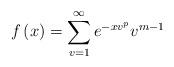
LaTeX: \begin{align*}f\left( x \right) = \sum\limits_{v = 1}^\infty {{e^{ - x{v^p}}}{v^{m - 1}}} \end{align*}